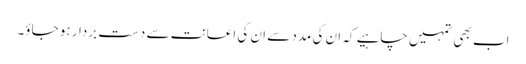
اب بھی تمہیں چاہیے کہ ان کی مدد سے ان کی اعانت سے دست بردار ہو جاؤ۔